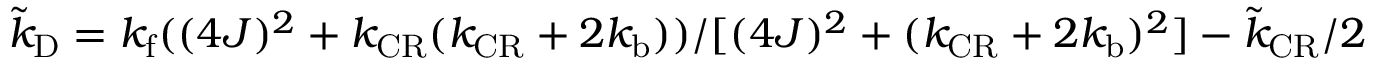
\tilde { k } _ { \mathrm { D } } = k _ { \mathrm { f } } ( ( 4 J ) ^ { 2 } + k _ { \mathrm { C R } } ( k _ { \mathrm { C R } } + 2 k _ { \mathrm { b } } ) ) / [ ( 4 J ) ^ { 2 } + ( k _ { \mathrm { C R } } + 2 k _ { \mathrm { b } } ) ^ { 2 } ] - \tilde { k } _ { \mathrm { C R } } / 2